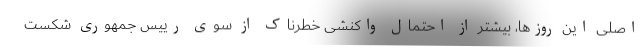
اصلی این روزها، بیشتر از احتمال واکنشی خطرناک از سوی رییس جمهوری شکست